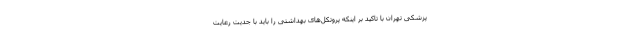
پزشکی تهران با تاکید بر اینکه پروتکل‌های بهداشتی را باید با جدیت رعایت